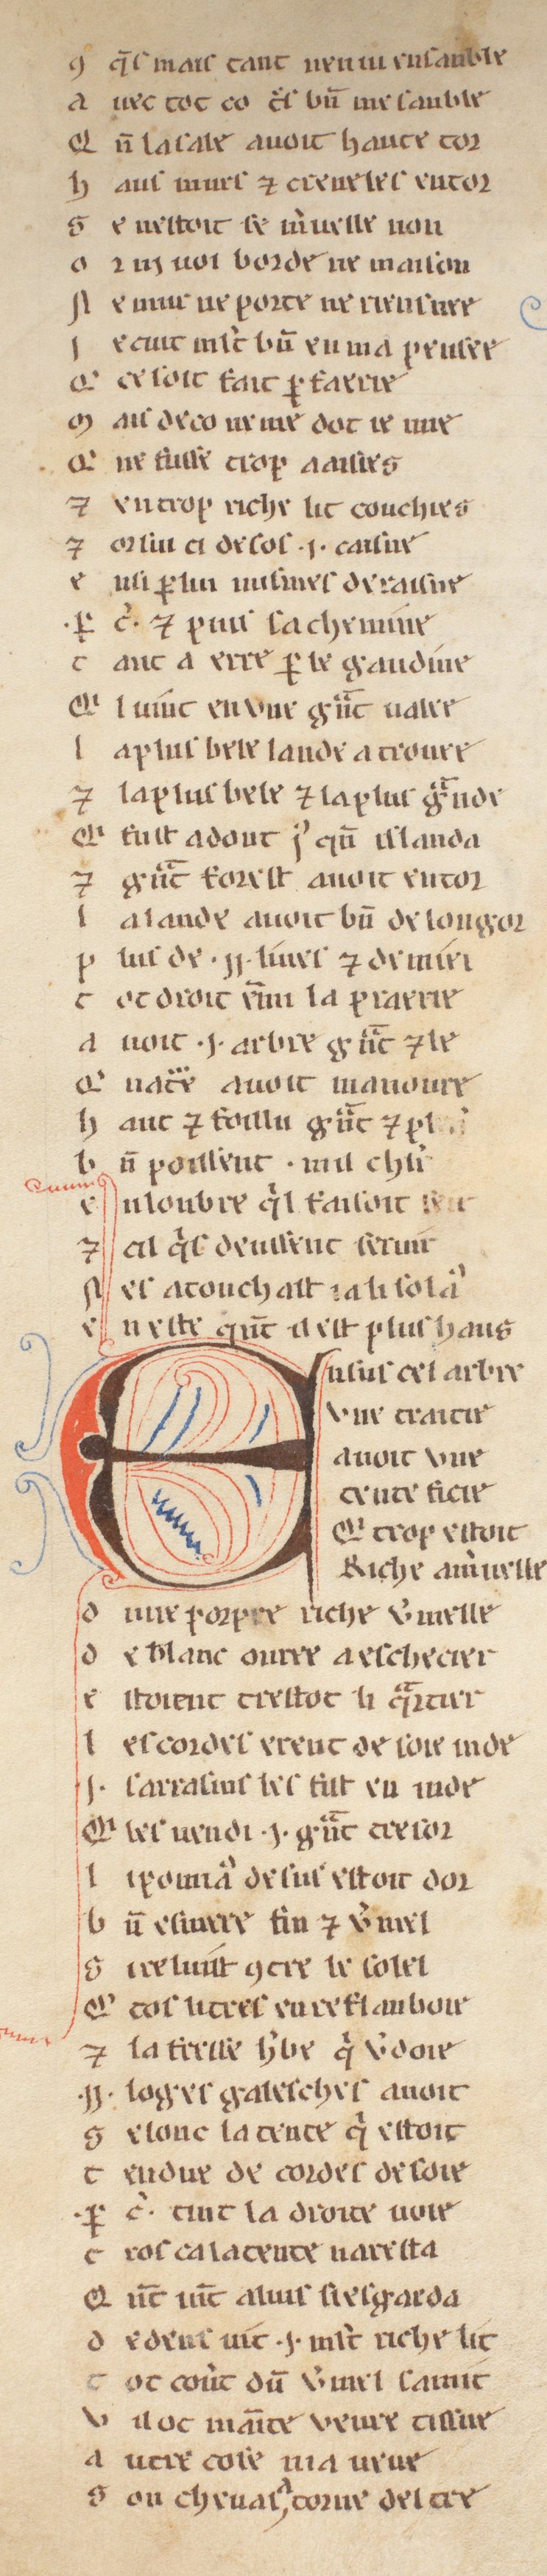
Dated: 1255–1285